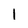
Character: I